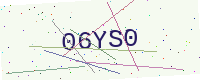
Text: 06YS0